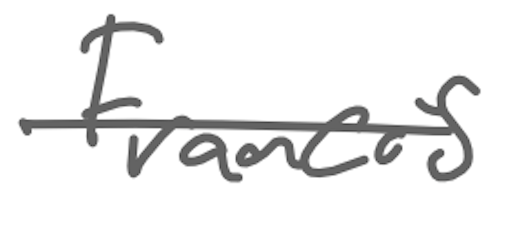
Text: Francis
Cross-out: single-line
Writing tool: digital_gray